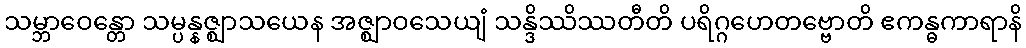
သမ္ဘာဝေန္တော သမ္ပန္နဇ္ဈာသယေန အဇ္ဈာဝသေယျံ သန္ဒိဿိဿတီတိ ပရိဂ္ဂဟေတဗ္ဗောတိ ဧကန္ဓကာရာနိ